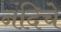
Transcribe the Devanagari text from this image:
नंदिचे